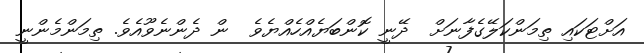
އަށްޓަކައި ތިމަންކަލޭގެފާނަށް  ދޭނީ ކޮންބަޔެއްހެއްޔެވެ  ން ދެންނެވޫއެވެ. ތިމަންމެންނީ